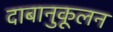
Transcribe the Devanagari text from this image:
दाबानुकूलन